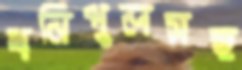
ধনিপুলসহ